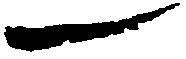
一